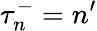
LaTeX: \tau_{n}^{-}=n^{\prime}